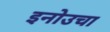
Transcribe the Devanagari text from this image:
इनोउचा